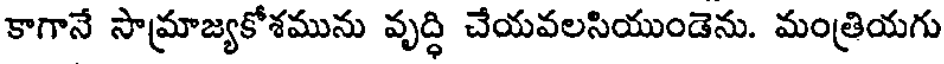
కాగానే సామ్రాజ్యకోశమును వృద్ధి చేయవలసియుండెను. మంత్రియగు